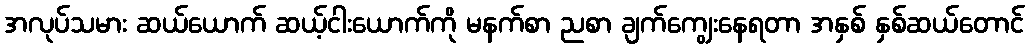
အလုပ်သမား ဆယ်ယောက် ဆယ့်ငါးယောက်ကို မနက်စာ ညစာ ချက်ကျွေးနေရတာ အနှစ် နှစ်ဆယ်တောင်